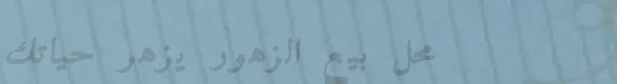
محل بيع الزهور يزهر حياتك